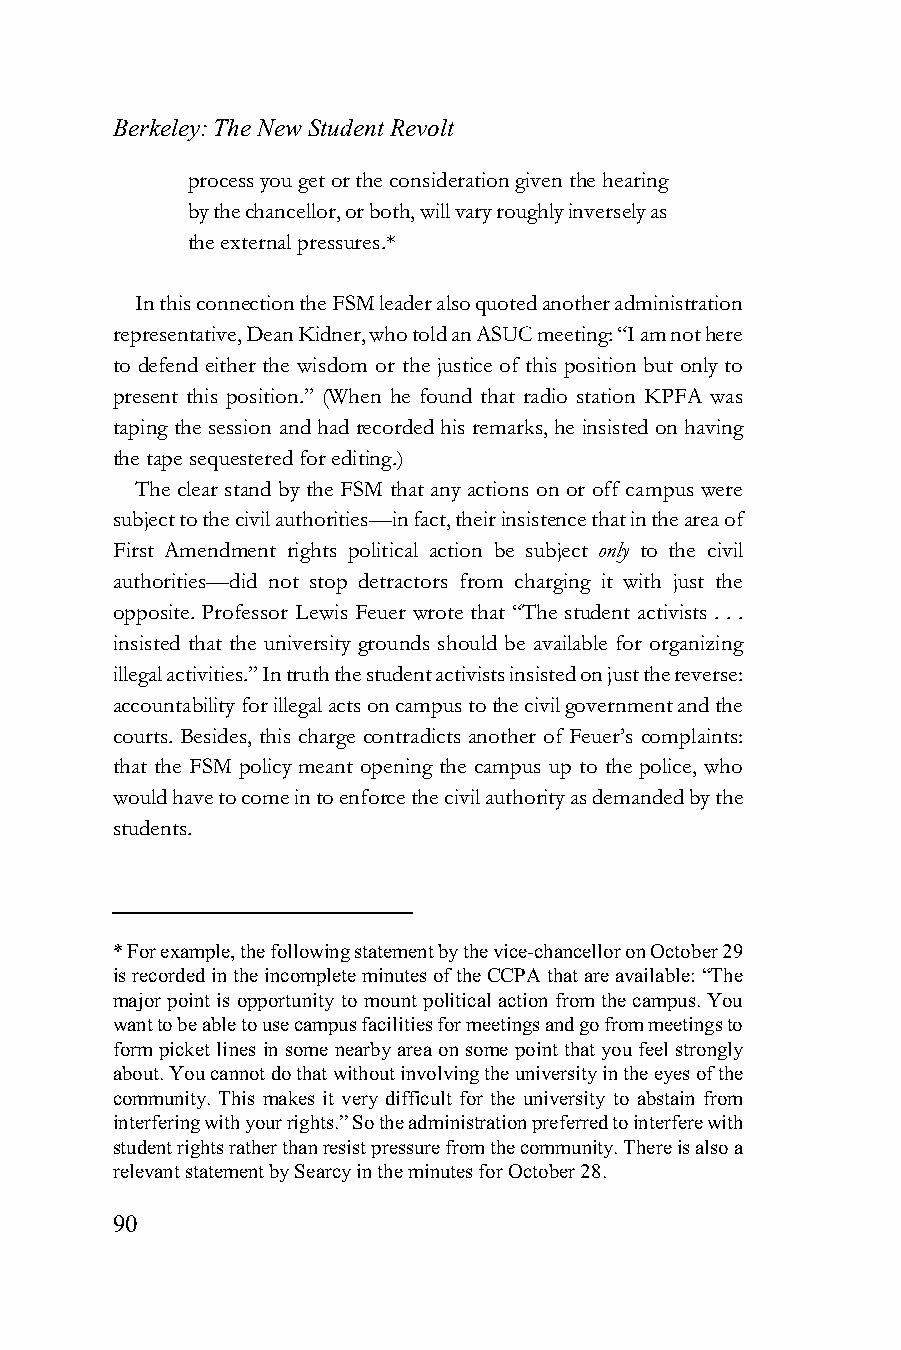
Berkeley: The New Student Revolt
 process you get or the consideration given the hearing
 by the chancellor, or both, will vary roughly inversely as
 the external pressures.*
 In this connection the FSM leader also quoted another administration
 representative, Dean Kidner, who told an ASUC meeting: “I am not here
 to defend either the wisdom or the justice of this position but only to
 present this position.” (When he found that radio station KPFA was
 taping the session and had recorded his remarks, he insisted on having
 the tape sequestered for editing.)
 The clear stand by the FSM that any actions on or off campus were
 subject to the civil authorities—in fact, their insistence that in the area of
 First Amendment rights political action be subject only to the civil
 authorities—did not stop detractors from charging it with just the
 opposite. Professor Lewis Feuer wrote that “The student activists . . .
 insisted that the university grounds should be available for organizing
 illegal activities.” In truth the student activists insisted on just the reverse:
 accountability for illegal acts on campus to the civil government and the
 courts. Besides, this charge contradicts another of Feuer’s complaints:
 that the FSM policy meant opening the campus up to the police, who
 would have to come in to enforce the civil authority as demanded by the
 students.
 * For example, the following statement by the vice-chancellor on October 29
 is recorded in the incomplete minutes of the CCPA that are available: “The
 major point is opportunity to mount political action from the campus. You
 want to be able to use campus facilities for meetings and go from meetings to
 form picket lines in some nearby area on some point that you feel strongly
 about. You cannot do that without involving the university in the eyes of the
 community. This makes it very difficult for the university to abstain from
 interfering with your rights.” So the administration preferred to interfere with
 student rights rather than resist pressure from the community. There is also a
 relevant statement by Searcy in the minutes for October 28.
 90